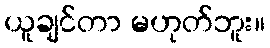
ယူချင်တာ မဟုတ်ဘူး။